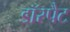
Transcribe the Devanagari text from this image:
डॉरपैट